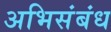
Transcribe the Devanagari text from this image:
अभिसंबंध